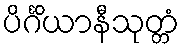
ပိင်္ဂိယာနီသုတ္တံ